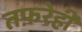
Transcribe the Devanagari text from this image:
तफ़रेही